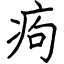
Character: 痀